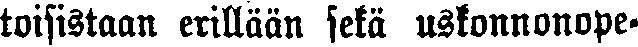
toisistaan erillään sekä uskonnonope-